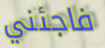
فاجئني